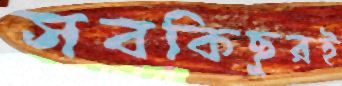
সবকিছুরই